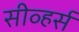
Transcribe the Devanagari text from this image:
सीव्हर्स